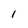
Character: 1